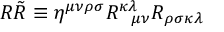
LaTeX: { \cal { R } } { \tilde { \cal { R } } } \equiv { \cal { \eta } } ^ { \mu \nu \rho \sigma } R _ { \; \; \; \mu \nu } ^ { \kappa \lambda } R _ { \rho \sigma \kappa \lambda }